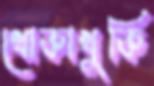
খোকাখুকি